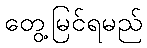
တွေ့မြင်ရမည်